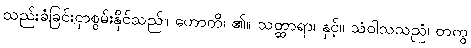
သည်းခံခြင်းငှာစွမ်းနိုင်သည်။ ဟောတိ၊ ၏။ သတ္ထာရာ၊ နှင့်။ သံဝါသသညံ၊ တကွ